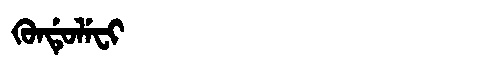
Manchu: ᡴᡠᠨᡩᡠᠯᡝᠸᡳ
Romanization: KUNDULEFI